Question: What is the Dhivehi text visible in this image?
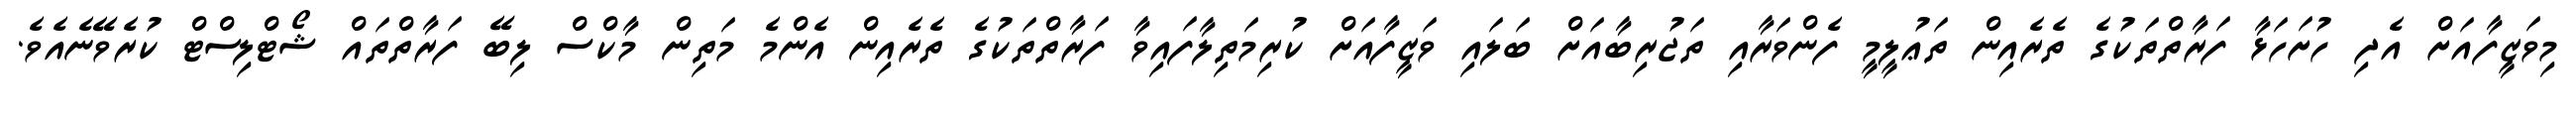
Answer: މިވަޒީފާއަށް އެދި ހުށަހަޅާ ފަރާތްތަކުގެ ތެރެއިން ތަޢުލީމީ ފެންވަރާއި ތަޖުރިބާއަށް ބަލައި ވަޒީފާއަށް ކުރިމަތިލާފައިވާ ފަރާތްތަކުގެ ތެރެއިން އެންމެ މަތިން މާކްސް ލިބޭ ފަރާތްތައް ޝޯޓްލިސްޓް ކުރެވޭނެއެވެ.